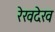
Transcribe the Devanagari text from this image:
रेखदेख